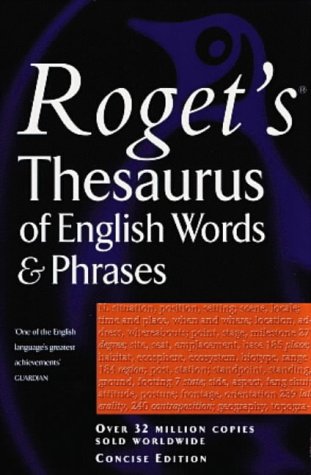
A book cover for Rogets Thesaurus Of English Words And Phrases Concise Edition (Penguin Reference Books); Betty Kirkpatrick; Reference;